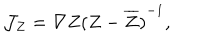
{ \cal J } _ { Z } = \nabla Z { ( Z - \overline { { { Z } } } ) } ^ { - 1 } ,